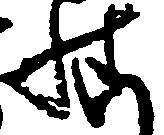
様